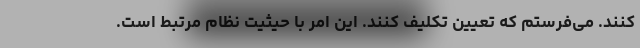
کنند. می‌فرستم که تعیین تکلیف کنند. این امر با حیثیت نظام مرتبط است.